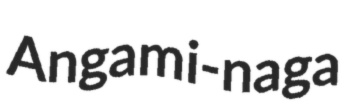
Angami-naga